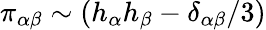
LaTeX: \pi_{\alpha\beta}\sim(h_{\alpha}h_{\beta}-\delta_{\alpha\beta}/3)